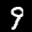
Label: 9